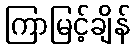
ကြာမြင့်ချိန်